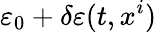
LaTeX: \varepsilon_{0}+\delta\varepsilon(t,x^{i})